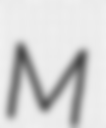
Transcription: M